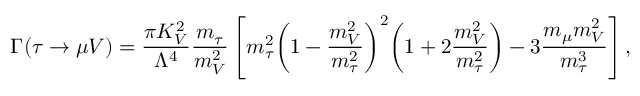
\Gamma ( \tau \rightarrow \mu V ) = \frac { \pi K _ { V } ^ { 2 } } { \Lambda ^ { 4 } } \frac { m _ { \tau } } { m _ { V } ^ { 2 } } \left[ m _ { \tau } ^ { 2 } { \left( 1 - \frac { m _ { V } ^ { 2 } } { m _ { \tau } ^ { 2 } } \right) } ^ { 2 } { \left( 1 + 2 \frac { m _ { V } ^ { 2 } } { m _ { \tau } ^ { 2 } } \right) } - 3 \frac { m _ { \mu } m _ { V } ^ { 2 } } { m _ { \tau } ^ { 3 } } \right] ,